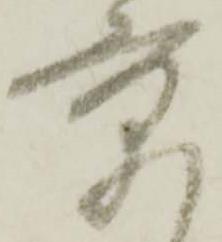
京